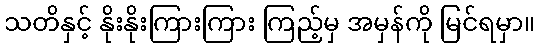
သတိနှင့် နိုးနိုးကြားကြား ကြည့်မှ အမှန်ကို မြင်ရမှာ။